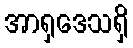
အာရှဒေသရှိ